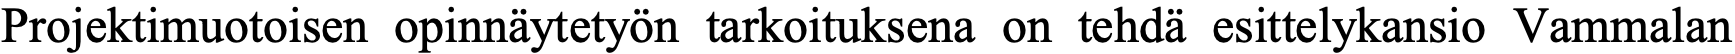
Projektimuotoisen opinnäytetyön tarkoituksena on tehdä esittelykansio Vammalan